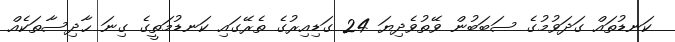
ކަނޑުތައް ގަދަވުމުގެ ސަބަބުން ވޭތުވެދިޔަ 24 ގަޑިއިރުގެ ތެރޭގައި ކަނޑުމަތީގެ ގިނަ ޙާދިސާތަކެއް